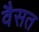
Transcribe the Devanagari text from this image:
वैसत